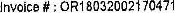
INVOICE # : OR18032002170471